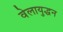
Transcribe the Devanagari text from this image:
वेलायुद्धन